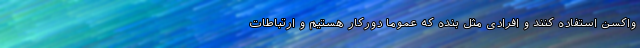
واکسن استفاده کنند و افرادی مثل بنده که عموما دورکار هستیم و ارتباطات